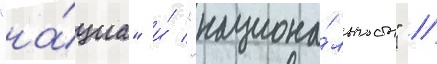
"на́циа" и́ "национа́льность" /